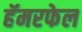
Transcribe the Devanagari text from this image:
हॅमरफेल